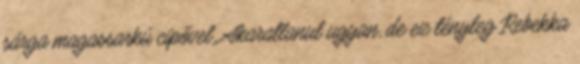
sárga magassarkú cipővel. Akaratlanul ugyan, de ez tényleg Rebekka